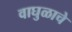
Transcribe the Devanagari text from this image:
वाघुळाचे